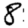
Digit: 8